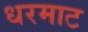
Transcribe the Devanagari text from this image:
धरमाट